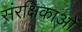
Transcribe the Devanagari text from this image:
संरक्षिकाओं